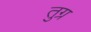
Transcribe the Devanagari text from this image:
तुग्र